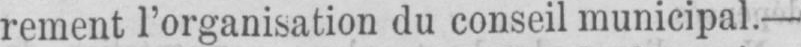
rement l’organisation du conseil municipal. -